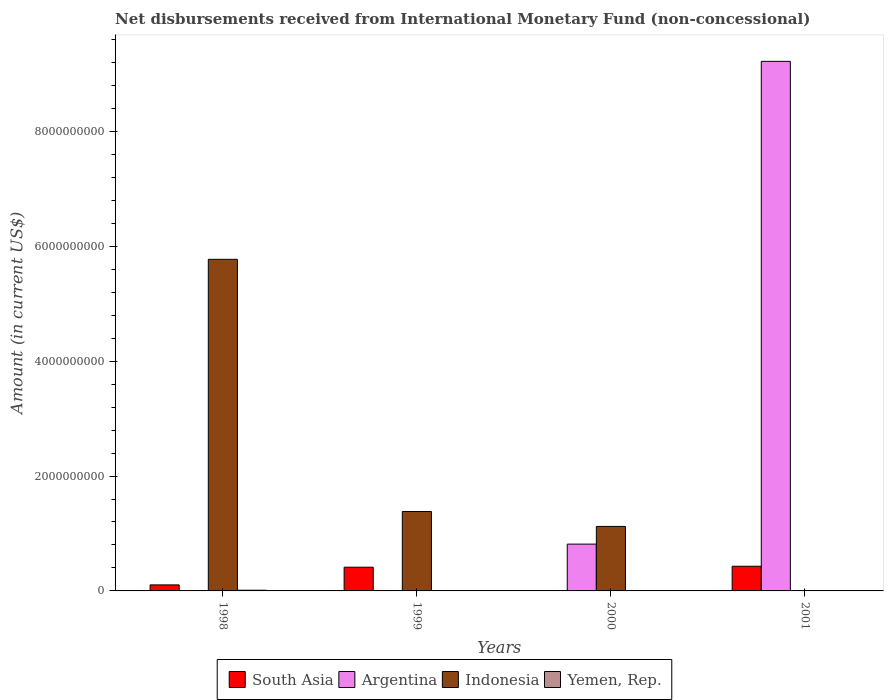
| Years | South Asia | Argentina | Indonesia | Yemen, Rep. |
 | --- | --- | --- | --- | --- |
 | 1998 | 1.05e+08 | -6.57e+08 | 5.77e+09 | 1.22e+07 |
 | 1999 | 4.13e+08 | -8.24e+08 | 1.38e+09 | -3.76e+06 |
 | 2000 | -1.47e+07 | 8.15e+08 | 1.12e+09 | -7.14e+07 |
 | 2001 | 4.3e+08 | 9.22e+09 | -1.36e+09 | -4.45e+07 |